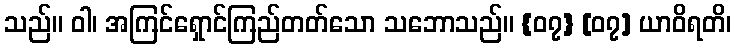
သည်။ ဝါ၊ အကြင်ရှောင်ကြည်တတ်သော သဘောသည်။ {၀၇} [၀၇] ယာဝိရတိ၊